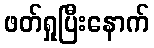
ဖတ်ရှုပြီးနောက်